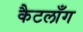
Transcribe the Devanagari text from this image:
कैटलाँग